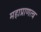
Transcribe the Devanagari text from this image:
महाप्राणत्व